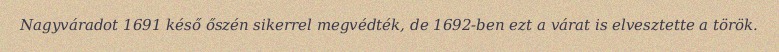
Nagyváradot 1691 késő őszén sikerrel megvédték, de 1692-ben ezt a várat is elvesztette a török.